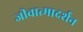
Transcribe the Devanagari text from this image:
जीवात्मादर्शन